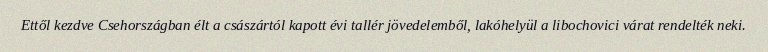
Ettől kezdve Csehországban élt a császártól kapott évi tallér jövedelemből, lakóhelyül a libochovici várat rendelték neki.